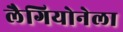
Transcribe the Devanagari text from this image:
लैगियोनेला